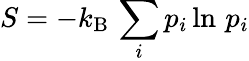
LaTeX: S=-k_{\mathrm{B}}\, \sum_{i}p_{i}\ln\, p_{i}